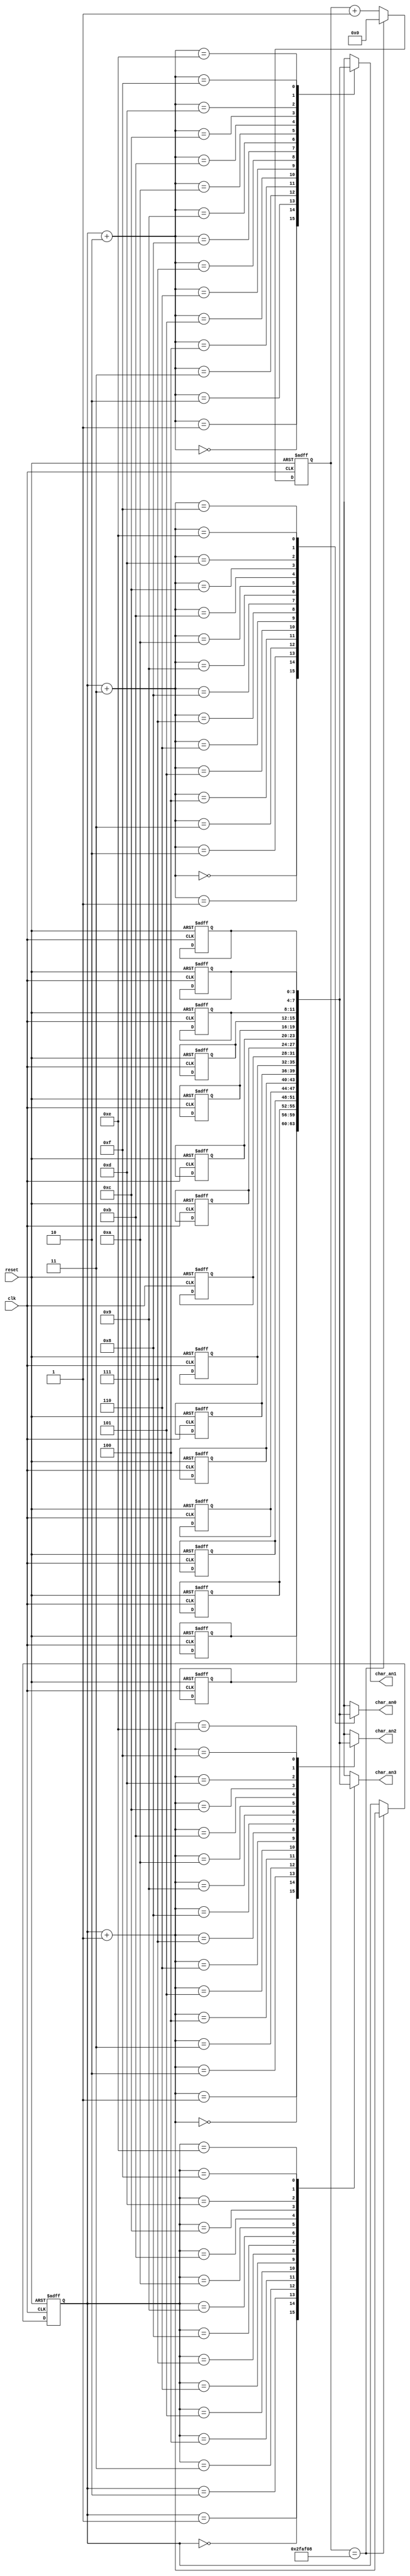
//LED right button module - keeps a message in a register memory and Increments the memorys index that is controlled by a counter 
//Nikolaos Koxenoglou 1711 
`timescale 1ns / 1ps
module LEDsimulatedButton(
	clk,
	reset,
	char_an0,
	char_an1,
	char_an2,
	char_an3
);

	parameter N = 16;
	input clk, reset;
	output reg [3:0] char_an0, char_an1, char_an2, char_an3;
	reg [3:0]index;

	reg [21:0] count;

	reg [3:0] message [N-1:0];

	always @(posedge clk or posedge reset ) begin
		if (reset)
		begin
			message[0] <= 4'h0;
			message[1] <= 4'h1;
			message[2] <= 4'h2;
			message[3] <= 4'h3;
			message[4] <= 4'h4;
			message[5] <= 4'h5;
			message[6] <= 4'h6;
			message[7] <= 4'h7;
			message[8] <= 4'h8;
			message[9] <= 4'h9;
			message[10] <= 4'ha;
			message[11] <= 4'hb;
			message[12] <= 4'hc;
			message[13] <= 4'hd;
			message[14] <= 4'he;
			message[15] <= 4'hf;
		end 
	end

	always @(posedge clk or posedge reset)
	begin
		if (reset) 
		begin
			count <= 0;
			index <= 0;
		end else begin
			//1011111010111100001000 for 1 sec delay 
			if (count == 22'b1011111010111100001000) 
			begin
				count <= 0;
				index <= index + 1;
			end else begin
				count <= count + 1;
				index <= index;
			end 
		end
	end

	always @(index) 
	begin

		char_an3 <= message [index ];
		char_an2 <= message [index + 1];
		char_an1 <= message [index + 2];
		char_an0 <= message [index + 3];
		
	end

endmodule // LEDsimulatedButton